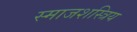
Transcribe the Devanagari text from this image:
स्माजशस्त्रिय